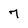
Character: 7